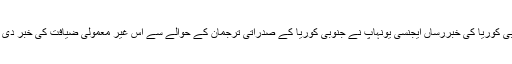
جنوبی کوریا کی خبررساں ایجنسی یونہاپ نے جنوبی کوریا کے صدراتی ترجمان کے حوالے سے اس غیر معمولی ضیافت کی خبر دی ہے۔